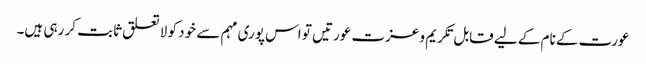
عورت کے نام کے لیے قابل تکریم و عزت عورتیں تو اس پوری مہم سے خود کو لا تعلق ثابت کر رہی ہیں۔